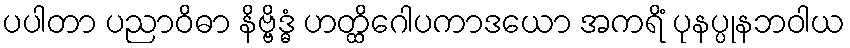
ပပါတာ ပညာဝိဓာ နိဗ္ဗိဒ္ဓံ ဟတ္ထိဂေါပကာဒယော အကရိံ ပုနပ္ပုနဘဝါယ